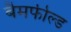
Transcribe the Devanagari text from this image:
बैमफील्ड